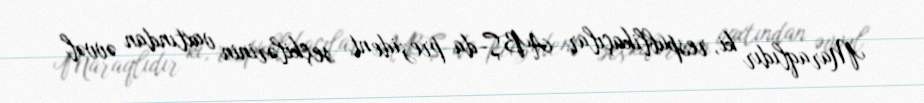
Maraqlıdır ki, respublikaçılar ABŞ-da prezident seçkilərinin vaxtından əvvəl